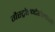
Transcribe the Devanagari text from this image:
गैस्ट्रोइन्टेरोलोजी